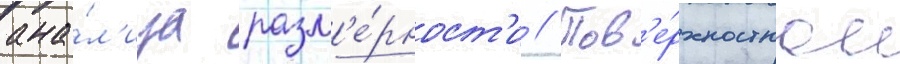
ана́л'иза разм'е́рност'и // Пов'е́рхностное